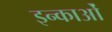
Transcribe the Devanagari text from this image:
इन्काओं